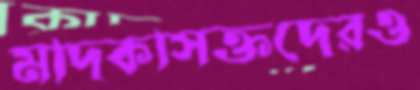
মাদকাসক্তদেরও